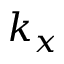
k _ { x }